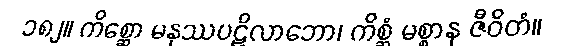
၁၈၂။ ကိစ္ဆော မနုဿပဋိလာဘော၊ ကိစ္ဆံ မစ္စာန ဇီဝိတံ။